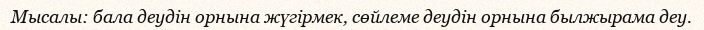
Мысалы: бала деудін орнына жүгірмек, сөйлеме деудін орнына былжырама деу.